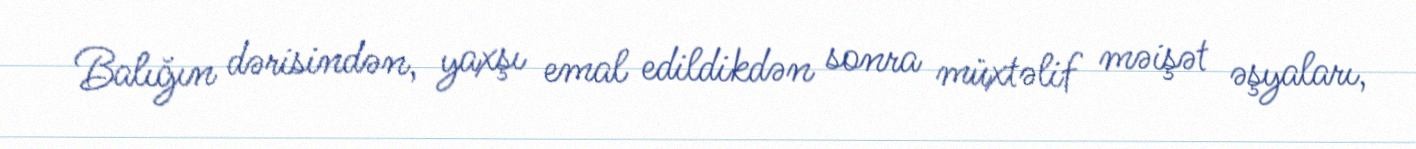
Balığın dərisindən, yaxşı emal edildikdən sonra müxtəlif məişət əşyaları,